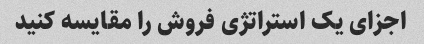
اجزای یک استراتژی فروش را مقایسه کنید